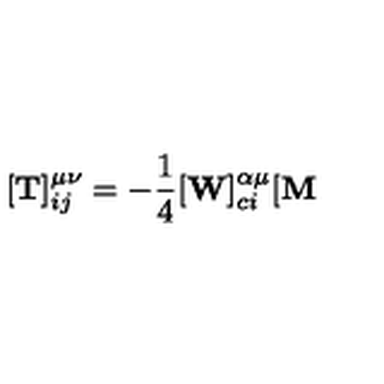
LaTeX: [ { \bf T } ] _ { i j } ^ { \mu \nu } = - { \frac 1 4 } [ { \bf W } ] _ { c i } ^ { \alpha \mu } [ { \bf M }